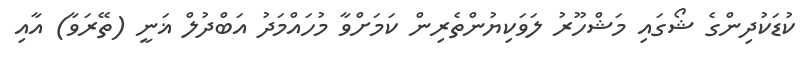
ކުޑަކުދިންގެ ޝޯގައި މަޝްހޫރު ލަވަކިޔުންތެރިން ކަމަށްވާ މުހައްމަދު އަބްދުލް ޣަނީ (ތޭރަވާ) އާއި